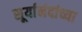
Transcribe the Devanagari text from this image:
सूर्यानंदांच्या